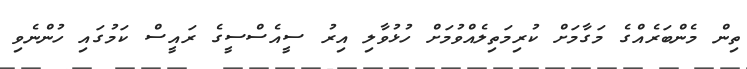
ތިން މެންބަރެއްގެ މަގާމަށް ކުރިމަތިލެއްވުމަށް ހުޅުވާލި އިރު ސީއެސްސީގެ ރައީސް ކަމުގައި ހުންނެވި